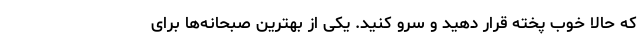
که حالا خوب پخته قرار دهید و سرو کنید. یکی از بهترین صبحانه‌ها برای